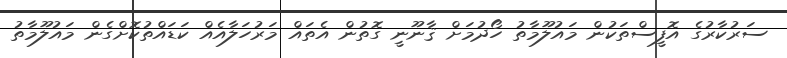
ސަރުކާރުގެ އޮފީސްތަކުން މައުލޫމާތު ހޯދުމަށް ޤާނޫނީ ގޮތުން އެތައް މަރުހަލާއެއް ކަޑައްތުކޮށްގެން މައުލޫމާތު